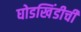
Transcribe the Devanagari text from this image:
घोडखिंडीची